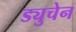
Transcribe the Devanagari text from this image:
ड्युचेन